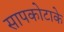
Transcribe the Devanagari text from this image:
सापकोटाके